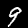
Digit: 9